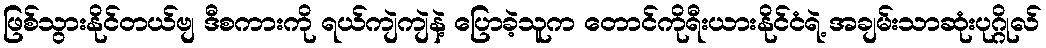
ဖြစ်သွားနိုင်တယ်ဗျ ဒီစကားကို ရယ်ကျဲကျဲနဲ့ ပြောခဲ့သူက တောင်ကိုရီးယားနိုင်ငံရဲ့ အချမ်းသာဆုံးပုဂ္ဂိုလ်